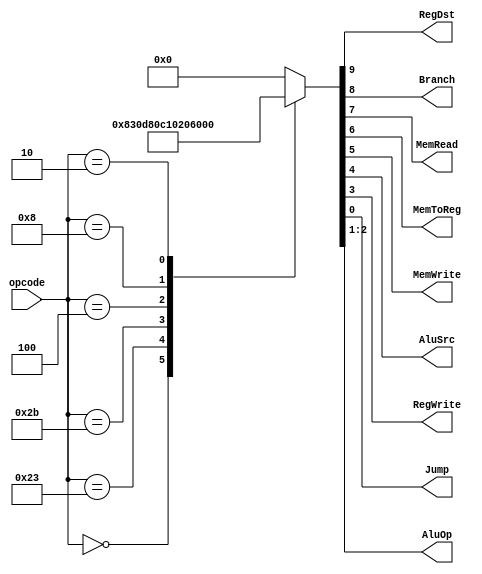
/* Author: Tobias Minn
	MIPS Singlecycle MainControl
	
	Instruction	| Opcode	| RegDst | Branch | MemRead 	| MemToReg 	| MemWrite 	| AluSrc | RegWrite 	| AluOp 	| Jump	|
	-------------------------------------------------------------------------------------------------------------------
	R-Type		| 000000	| 1		| 0 		| 0 			| 0			| 0 			| 0		| 1			| 10		| 0		|
	lw				| 100011	| 0		| 0 		| 1 			| 1			| 0 			| 1		| 1			| 00		| 0		|
	sw				| 101011	| X		| 0 		| 0 			| X			| 1 			| 1		| 0			| 00		| 0		|
	beq			| 000100	| X		| 1 		| 0 			| X			| 0 			| 0		| 0			| 01		| 0 		|
	addi			| 001000	| 0		| 0 		| 0 			| 0			| 0 			| 1		| 1			| 00		| 0		|
	j				| 000010	| X		| X 		| 0 			| X			| 0 			| X		| 0			| XX		| 1		|
*/
module MainControl #(parameter WIDTH=32)	(
	input   	[31:26]			opcode,
	output  						RegDst,
	output						Branch,
	output						MemRead,
	output 						MemToReg,
	output 						MemWrite,
	output 						AluSrc,
	output 						RegWrite,
	output						Jump,
	output 	[1:0]				AluOp				);
	
	reg [9:0] controlsignals;
	
	assign {RegDst,Branch,MemRead,MemToReg,MemWrite,AluSrc,RegWrite,AluOp,Jump} = controlsignals;
	
	
	// TODO: find possibility to include the don't care control signals
	always @ (*)
    case (opcode)   
			// R-Type Instruction
			6'b000000: controlsignals <= 10'b1000001100;
			
			// lw instruction
			6'b100011: controlsignals <= 10'b0011011000;
			
			// sw instruction
			6'b101011: controlsignals <= 10'b0000110000;
			
			// beq instruction
			6'b000100: controlsignals <= 10'b0100000010;
			
			// addi instruction
			6'b001000: controlsignals <= 10'b0000011000;
			
			// j instruction
			6'b000010: controlsignals <= 10'b0000000001;
        
		default: controlsignals <= 10'b000000000;
    endcase
	
    
endmodule